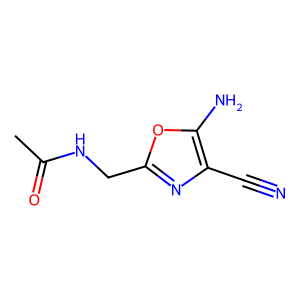
SMILES: CC(=O)NCc1nc(C#N)c(N)o1
Inhibits HIV replication: No